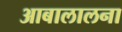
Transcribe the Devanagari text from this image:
आबालालना